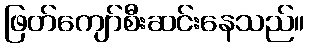
ဖြတ်ကျော်စီးဆင်းနေသည်။